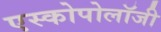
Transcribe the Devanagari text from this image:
एस्कोपोलॉजी